Manual of the Civil Veterinary Department, Central Provinces and Berar
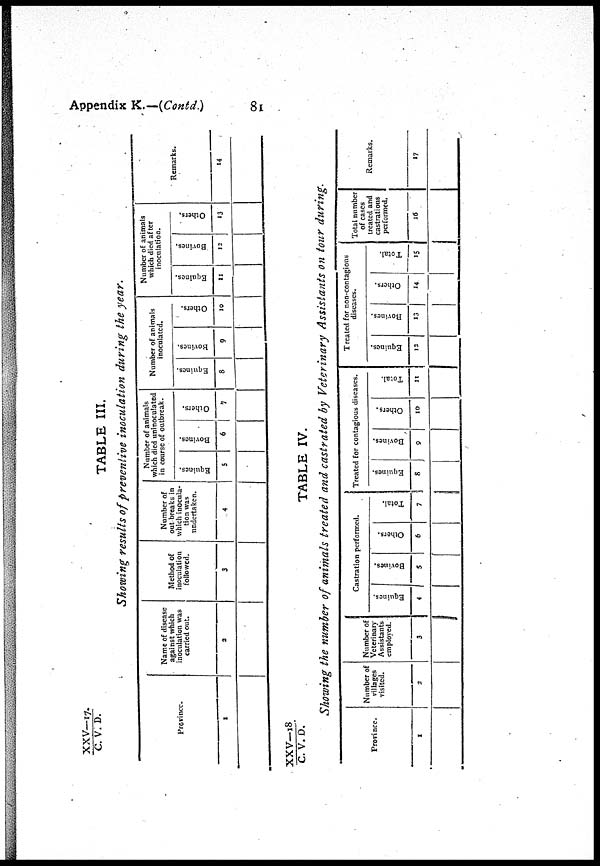
Appendix K.—(Contd.)
81
XXV—17./
C. V. D.
TABLE III.
Showing results of preventive inoculation during the year.
Province.
1
Name of disease
against which
inoculation was
carried out.
2
Method of
inoculation
followed.
3
Number of
outbreaks in
which inocula-
tion was
undertaken.
4
Number of animals
which died uninoculated
in course of outbreak.
Equities.
5
Bovines.
6
Others.
7
Number of animals
inoculated.
Equines.
8
Bovines.
9
Others.
10
Number of animals
which died after
inoculation.
Equines.
11
Bovines,
12
Others.
13
Remarks.
14
XXV—18/C.
V. D.
TABLE IV.
Showing the number of animals treated and castrated by Veterinary Assistants on tour during.
Province.
1
Number of
villages
visited.
2
Number of
Veterinary
Assistants
employed.
3
Castration performed.
Equines.
4
Bovines.
5
Others.
6
Total.
7
Treated for contagious diseases.
Equines.
8
Bovines.
9
Others.
10
Total.
11
Treated for non-contagions
diseases.
Equines.
12
Bovines.
13
Others.
14
Total.
15
Total number
of cases
treated and
castrations
performed.
16
Remarks.
17